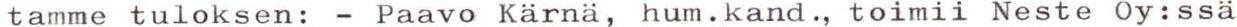
tamme tuloksen: - Paavo Kärnä, hum.kand., toimii Neste Oy:ssa